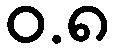
ဝ.၈